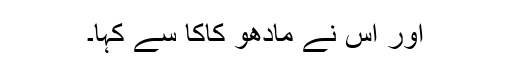
اور اُس نے مادھو کاکا سے کہا۔